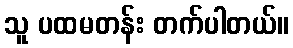
သူ ပထမတန်း တက်ပါတယ်။